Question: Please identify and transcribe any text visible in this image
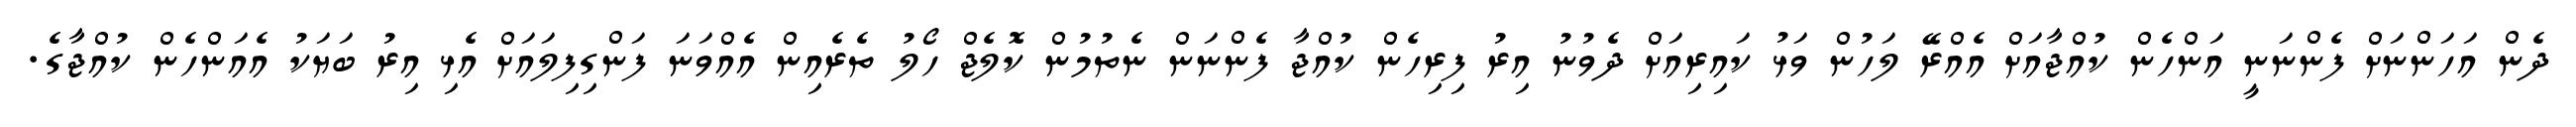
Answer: ދެން އަހަންނަށް ފެންނަނީ އަންހެން ކުއްޖާއަށް އެއްރޭ ލަހުން ވަޅު ކައިރިއަށް ދެވުނު އިރު ފިރިހެން ކުއްޖާ ފެންނަން ނެތުމުން ކޮލެޖް ހޯލު ތެރެއިން އެއްވަނަ ފަންގިފިލައަށް އެޅި އިރު ބަޔަކު އެއަންހެން ކުއްޖާގެ.